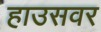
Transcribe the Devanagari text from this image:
हाउसवर